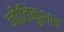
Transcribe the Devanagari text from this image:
नीतिकुशल